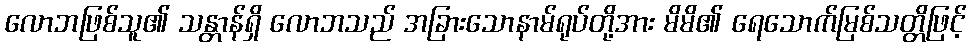
လောဘဖြစ်သူ၏ သန္တာန်ရှိ လောဘသည် အခြားသောနာမ်ရုပ်တို့အား မိမိ၏ ရေသောက်မြစ်သတ္တိဖြင့်